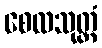
စေလသုတ္တံ